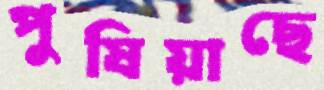
পুষিয়াছে